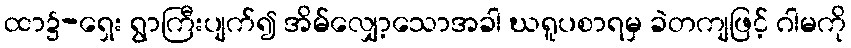
ထာ၌-ရှေး ရွာကြီးပျက်၍ အိမ်လျှော့သောအခါ ဃရူပစာရမှ ခဲတကျဖြင့် ဂါမကို